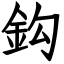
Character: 鈎